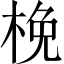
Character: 梚